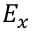
E _ { x }